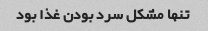
تنها مشکل سرد بودن غذا بود